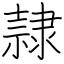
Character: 隷